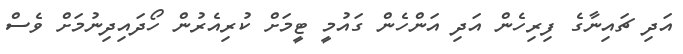
އަދި ޗައިނާގެ ފިރިހެން އަދި އަންހެން ގައުމީ ޓީމަށް ކުރިއެރުން ހޯދައިދިނުމަށް ވެސް